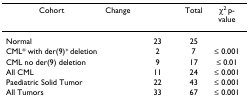
<table><thead><tr><td><b>Cohort</b></td><td><b>Change</b></td><td>[EMPTY_CELL]</td><td><b>Total</b></td><td><b>χ<sup>2 </sup>p-value</b></td></tr></thead><tbody><tr><td>Normal</td><td>[EMPTY_CELL]</td><td>23</td><td>25</td><td>[EMPTY_CELL]</td></tr><tr><td>CML* with der(9)<sup>+ </sup>deletion</td><td>[EMPTY_CELL]</td><td>2</td><td>7</td><td>≤ 0.001</td></tr><tr><td>CML no der(9) deletion</td><td>[EMPTY_CELL]</td><td>9</td><td>17</td><td>≤ 0.01</td></tr><tr><td>All CML</td><td>[EMPTY_CELL]</td><td>11</td><td>24</td><td>≤ 0.001</td></tr><tr><td>Paediatric Solid Tumor</td><td>[EMPTY_CELL]</td><td>22</td><td>43</td><td>≤ 0.001</td></tr><tr><td>All Tumors</td><td>[EMPTY_CELL]</td><td>33</td><td>67</td><td>≤ 0.001</td></tr></tbody></table>